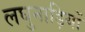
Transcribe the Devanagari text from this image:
लघुनाड़ियों